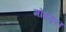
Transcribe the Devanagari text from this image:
मोहफूल